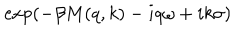
LaTeX: \exp \left( - \beta M ( q , k ) - i q \omega + i k \sigma \right)